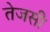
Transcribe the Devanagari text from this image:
तेजसी